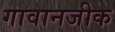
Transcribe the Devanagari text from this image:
गावानजीक